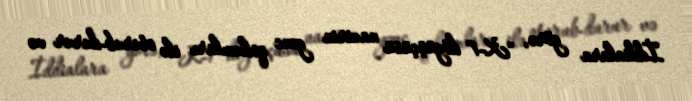
İddialara görə, "K-1" döyüşçüsü nazirin gənc qohumları ilə oturub-durur və